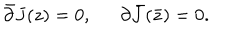
LaTeX: \bar { \partial } { J ( z ) } = 0 , \, \, \, \, \, \, \, \, \, { \partial } { \bar { J } ( \bar { z } ) } = 0 .